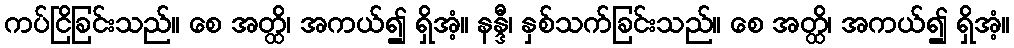
ကပ်ငြိခြင်းသည်။ စေ အတ္ထိ၊ အကယ်၍ ရှိအံ့။ နန္ဒီ၊ နှစ်သက်ခြင်းသည်။ စေ အတ္ထိ၊ အကယ်၍ ရှိအံ့။